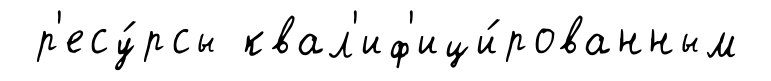
р'есу́рсы квал'иф'ици́рованным